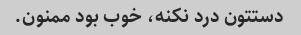
دستتون درد نکنه، خوب بود ممنون.